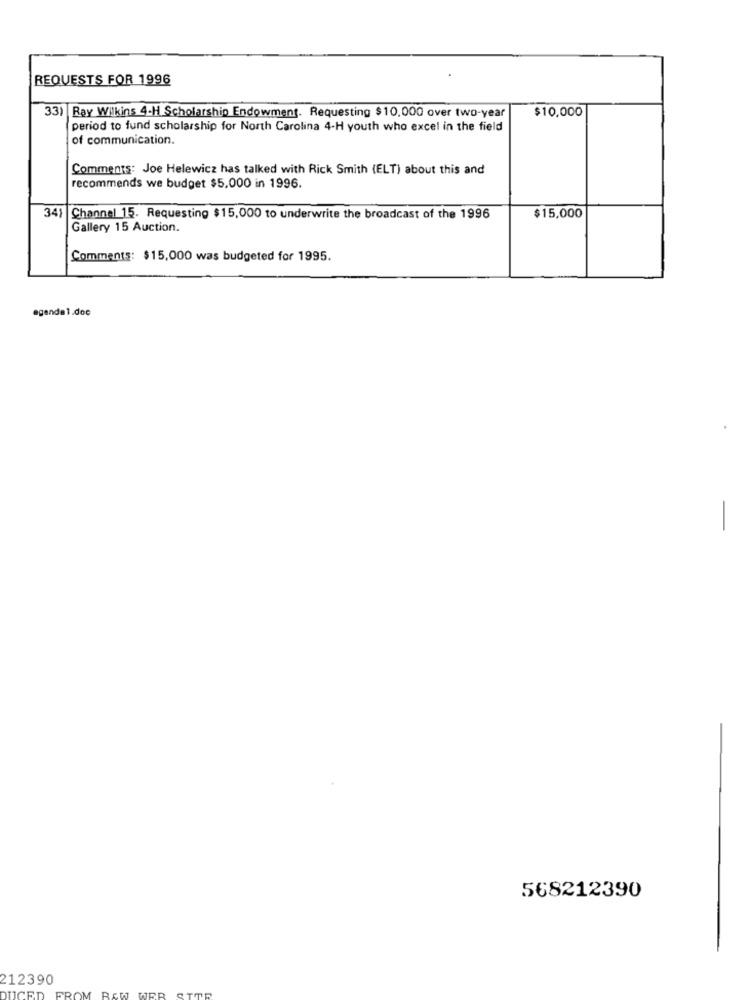
REQUESTS FOR 1996
$10,000
33) Ray Wilkins 4-H Scholarship Endowment. Requesting $10,000 over two-year
period to fund scholarship for North Carolina 4-H youth who excel in the field
of communication.
Comments: Joe Helewicz has talked with Rick Smith (ELT) about this and
recommends we budget $5,000 in 1996.
341 Channel 15. Requesting $15,000 to underwrite the broadcast of the 1996
$15,000
Gallery 15 Auction.
Comments: $15,000 was budgeted for 1995.
agenda1.doc
-
568212390
212390
OM RAW WRR STER
DUCED
FR